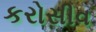
કરોસીવ